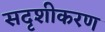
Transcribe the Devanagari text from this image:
सदृशीकरण